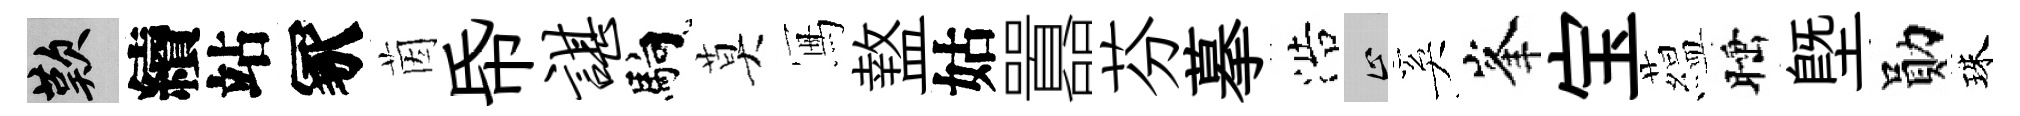
嘆續站冢茵帋谌馿莫冩盩姑囂芬摹浩止奚峯宝藴睡塈勛珠